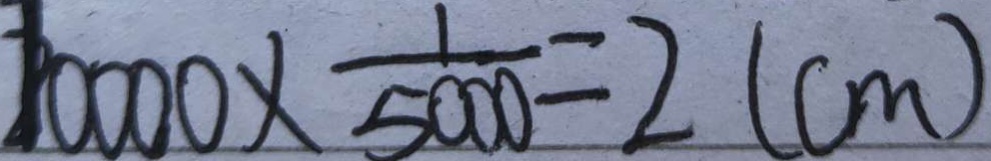
1 0 0 0 0 \times \frac { 1 } { 5 0 0 0 } = 2 ( c m )